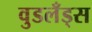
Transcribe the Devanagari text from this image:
वुडलँड्स